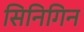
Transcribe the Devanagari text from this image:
सिनिगिन